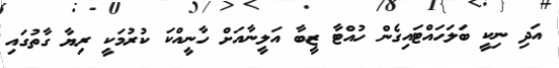
އަދި ނިކީ ބަލަހައްޓައިގެން ހުއްޓާ ޒީބާ އަލީނާއަށް ހާނީއްކަ ކުރުމަކީ ރިޔާ ގާތުގައި